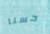
حسنا